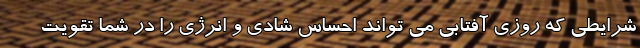
شرایطی که روزی آفتابی می تواند احساس شادی و انرژی را در شما تقویت